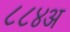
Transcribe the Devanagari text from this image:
८८४अ